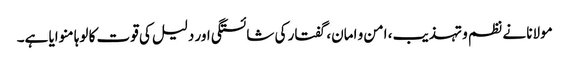
مولانا نے نظم و تہذیب، امن و امان، گفتار کی شائستگی اور دلیل کی قوت کا لوہا منوایا ہے۔